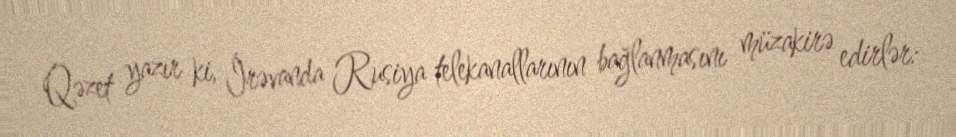
Qəzet yazır ki, İrəvanda Rusiya telekanallarının bağlanmasını müzakirə edirlər: